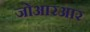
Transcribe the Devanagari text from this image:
जोआरआर